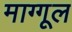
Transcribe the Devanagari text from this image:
माग्गूल